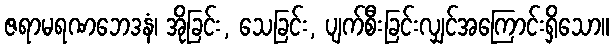
ဇရာမရဏဘေဒနံ၊ အိုခြင်း, သေခြင်း, ပျက်စီးခြင်းလျှင်အကြောင်းရှိသော။